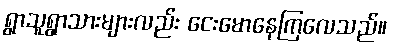
ရွာသူရွာသားများလည်း ငေးမောနေကြလေသည်။